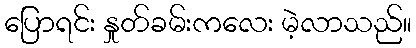
ပြောရင်း နှုတ်ခမ်းကလေး မဲ့လာသည်။